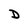
Character: D